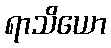
ရာသိယော